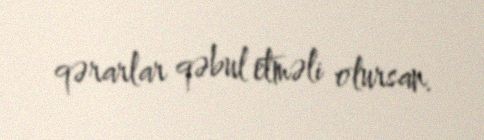
qərarlar qəbul etməli olursan.